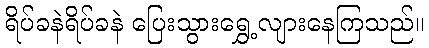
ရိပ်ခနဲရိပ်ခနဲ ပြေးသွားရွှေ့လျားနေကြသည်။